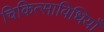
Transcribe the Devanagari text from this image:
चिकित्साविधियाँ